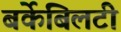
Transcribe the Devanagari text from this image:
बर्केबिलटी